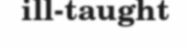
ill-taught